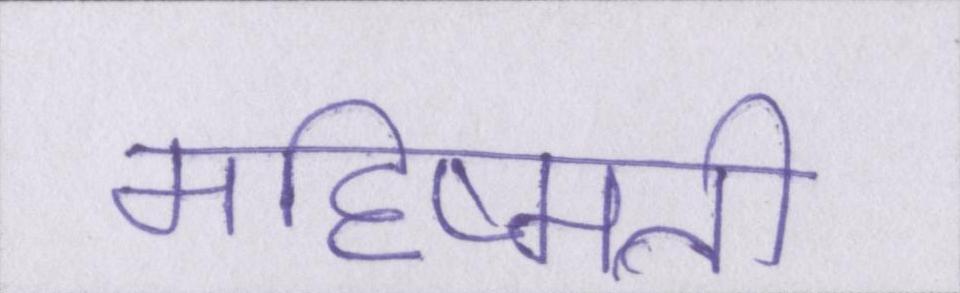
महिष्मती